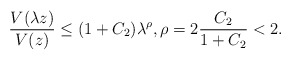
\begin{align*}\frac{V(\lambda z)}{V(z)}\le (1+C_2)\lambda^\rho, \rho = 2\frac{C_2}{1+C_2}<2.\end{align*}